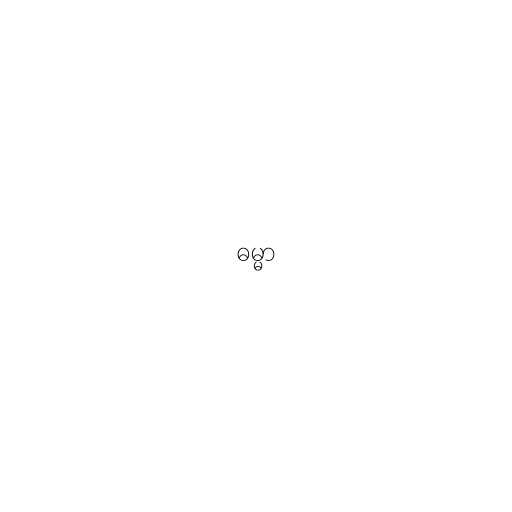
ဓမ္မာ